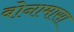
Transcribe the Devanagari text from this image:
बोनामासा